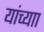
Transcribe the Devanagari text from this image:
यांच्याा